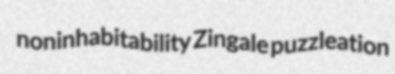
noninhabitability Zingale puzzleation